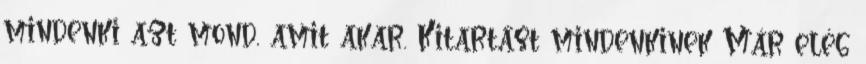
mindenki azt mond, amit akar. Kitartást mindenkinek Már elég